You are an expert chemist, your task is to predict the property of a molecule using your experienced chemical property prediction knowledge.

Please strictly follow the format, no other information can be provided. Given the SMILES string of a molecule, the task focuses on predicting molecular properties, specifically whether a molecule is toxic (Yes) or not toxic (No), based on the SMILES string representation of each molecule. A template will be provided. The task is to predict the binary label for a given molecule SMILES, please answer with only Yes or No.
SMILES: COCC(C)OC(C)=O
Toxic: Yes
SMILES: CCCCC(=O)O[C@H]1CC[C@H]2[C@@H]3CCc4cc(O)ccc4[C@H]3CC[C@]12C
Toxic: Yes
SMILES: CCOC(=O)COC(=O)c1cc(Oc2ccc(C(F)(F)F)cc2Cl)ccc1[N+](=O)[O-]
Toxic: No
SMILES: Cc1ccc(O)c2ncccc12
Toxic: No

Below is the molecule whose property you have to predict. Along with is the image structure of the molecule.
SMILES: CN(C)C
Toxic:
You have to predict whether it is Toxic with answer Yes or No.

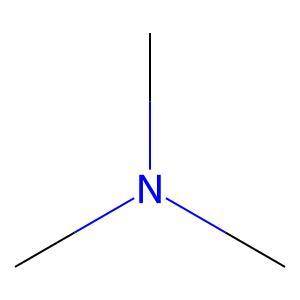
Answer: No